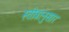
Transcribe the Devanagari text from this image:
स्तोत्रानुसार